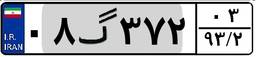
۰۸گ۳۷۲۰۳